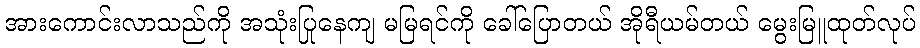
အားကောင်းလာသည်ကို အသုံးပြုနေကျ မမြရင်ကို ခေါ်ပြောတယ် အိုရီယမ်တယ် မွေးမြူထုတ်လုပ်